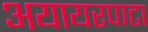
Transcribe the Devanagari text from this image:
अयायरपाटा